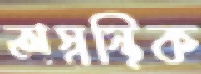
অস্বস্থিক